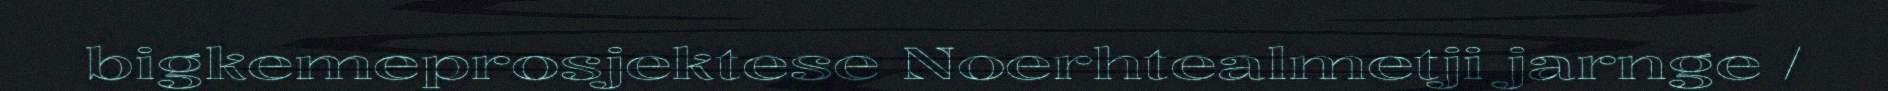
bigkemeprosjektese Noerhtealmetji jarnge /